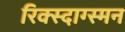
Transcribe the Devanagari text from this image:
रिक्स्दाग्स्मन